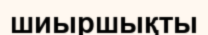
шиыршықты